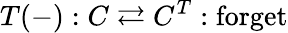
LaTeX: T(-):C\rightleftarrows C^{T}:{\mathrm{forget}}